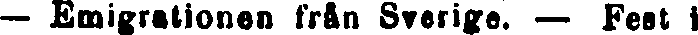
— Emigrationen från Sverige. — Fest i